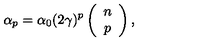
\alpha _ { p } = \alpha _ { 0 } ( 2 \gamma ) ^ { p } \left( \begin{array} { c } { n } \\ { p } \\ \end{array} \right) ,